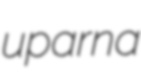
uparna